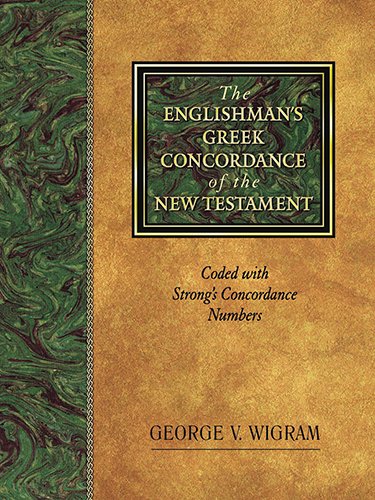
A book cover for The Englishman's Greek Concordance of New Testament: Coded with Strong's Concordance Numbers; George V. Wigram; Christian Books & Bibles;